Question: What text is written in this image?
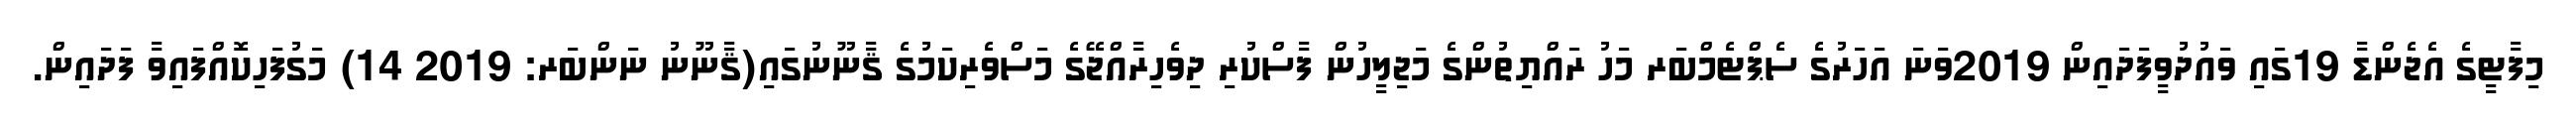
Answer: މިފާޓީގެ އެޖެންޑާ 19ގައި ވައުދުވީފަދައިން 2019ވަނަ އަހަރުގެ ސެޕްޓެމްބަރ މަހު ރައްޔިތުންގެ މަޖިލީހުން ފާސްކުރި ދިވެހިރާއްޖޭގެ މަސްވެރިކަމުގެ ޤާނޫނުގައި(ޤާނޫނު ނަންބަރ: 2019 14) މަގުފަހިކޮއްފައިވާ ފަދައިން.